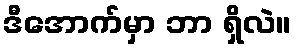
ဒီအောက်မှာ ဘာ ရှိလဲ။